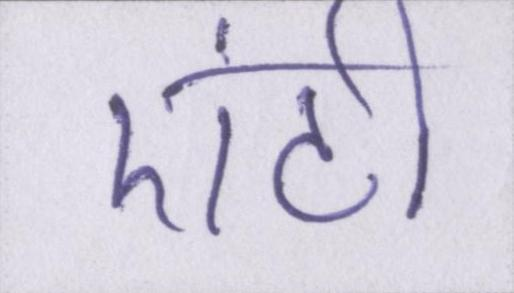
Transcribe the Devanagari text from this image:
एंटी